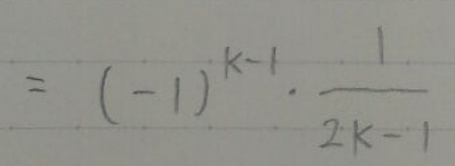
\[
= (-1)^{k - 1} \cdot \frac{1}{2k - 1}
\]